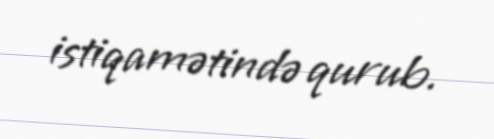
istiqamətində qurub.